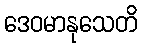
ဒေဝမာနုသေတိ